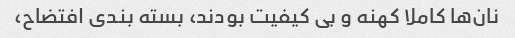
نان‌ها کاملا کهنه و بی کیفیت بودند، بسته بندی افتضاح،